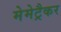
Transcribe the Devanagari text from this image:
मेमेट्रैकर